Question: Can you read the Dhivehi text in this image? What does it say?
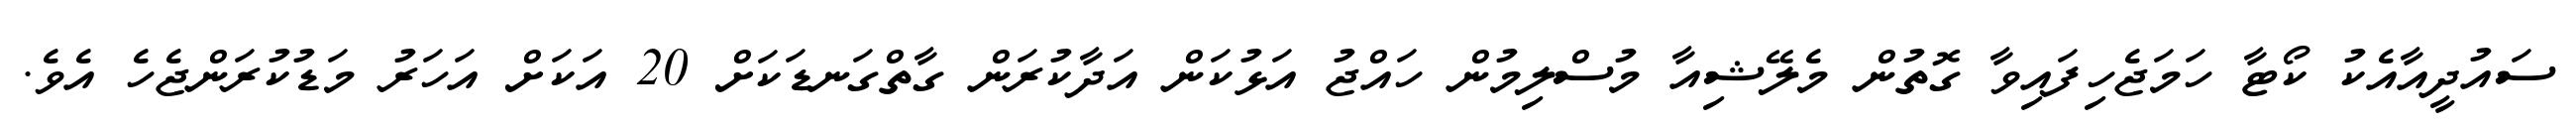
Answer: ސައުދީއާއެކު ކޯޓާ ހަމަޖެހިފައިވާ ގޮތުން މެލޭޝިއާ މުސްލިމުން ހައްޖު އަޅުކަން އަދާކުރަން ގާތްގަނޑަކަށް 20 އަކަށް އަހަރު މަޑުކުރަންޖެހެ އެވެ.